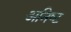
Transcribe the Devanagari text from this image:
अनिष्‍ट